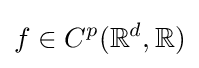
f\in C^{p}(\mathbb {R} ^{d},\mathbb {R} )